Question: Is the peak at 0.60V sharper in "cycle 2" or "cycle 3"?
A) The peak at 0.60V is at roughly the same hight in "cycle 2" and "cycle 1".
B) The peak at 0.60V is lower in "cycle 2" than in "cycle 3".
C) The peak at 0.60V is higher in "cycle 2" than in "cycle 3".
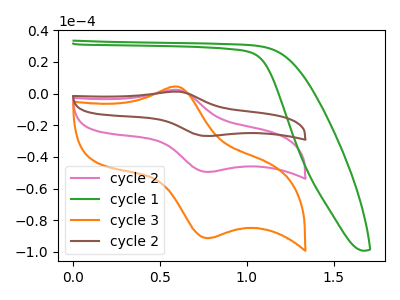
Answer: <think>The pink curve "cycle 2" has an anodic peak at (0.60V, 2.40uA) and a cathodic peak at (0.80V, -49.35uA). The green curve "cycle 1" has no peaks. The orange curve "cycle 3" has an anodic peak at (0.60V, 4.45uA) and a cathodic peak at (0.80V, -91.10uA). The brown curve "cycle 2" has an anodic peak at (0.60V, 4.85uA) and a cathodic peak at (0.80V, -98.75uA).</think>
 <answer>B) The peak at 0.60V is lower in "cycle 2" than in "cycle 3".</answer>
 <eval>B</eval>